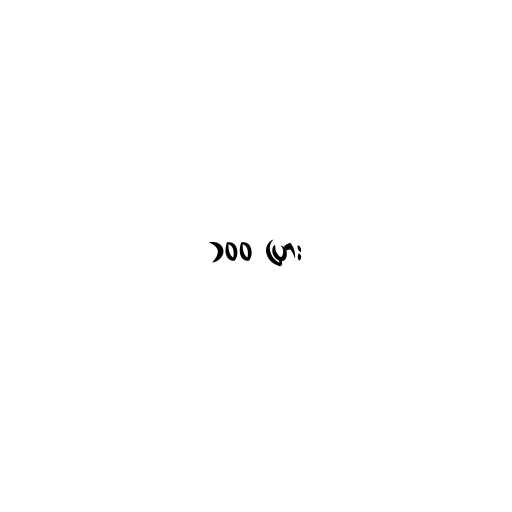
၁၀၀ ပြား